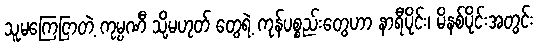
သူမကြေငြာတဲ့ ကုမ္ပဏီ သို့မဟုတ် တွေရဲ့ ကုန်ပစ္စည်းတွေဟာ နာရီပိုင်း၊ မိနစ်ပိုင်းအတွင်း